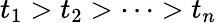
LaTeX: t_{1}>t_{2}>\cdots>t_{n}